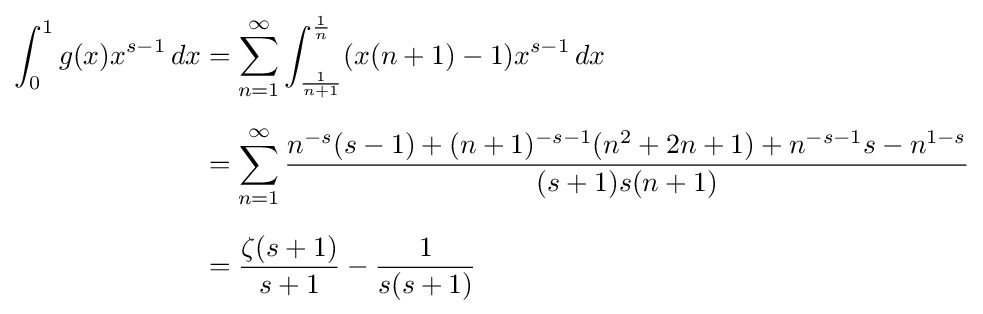
{\begin{aligned}\int _{0}^{1}g(x)x^{s-1}\,dx&=\sum _{n=1}^{\infty }\int _{\frac {1}{n+1}}^{\frac {1}{n}}(x(n+1)-1)x^{s-1}\,dx\\[6pt]&=\sum _{n=1}^{\infty }{\frac {n^{-s}(s-1)+(n+1)^{-s-1}(n^{2}+2n+1)+n^{-s-1}s-n^{1-s}}{(s+1)s(n+1)}}\\[6pt]&={\frac {\zeta (s+1)}{s+1}}-{\frac {1}{s(s+1)}}\end{aligned}}